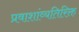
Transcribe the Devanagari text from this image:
प्रवाशांव्यतिरिक्त